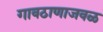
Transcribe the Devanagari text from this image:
गावठाणाजवळ